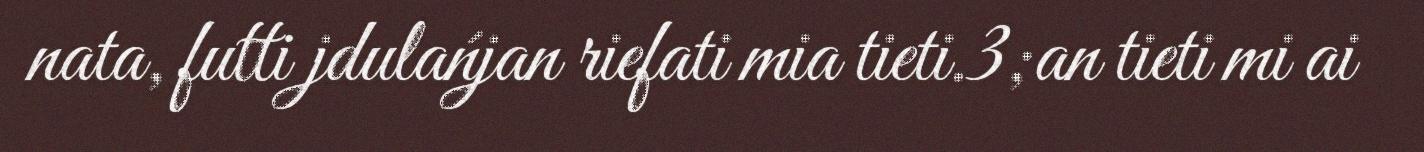
nata, futti jdulańjan riefati mia tieti.3;an tieti mi ai